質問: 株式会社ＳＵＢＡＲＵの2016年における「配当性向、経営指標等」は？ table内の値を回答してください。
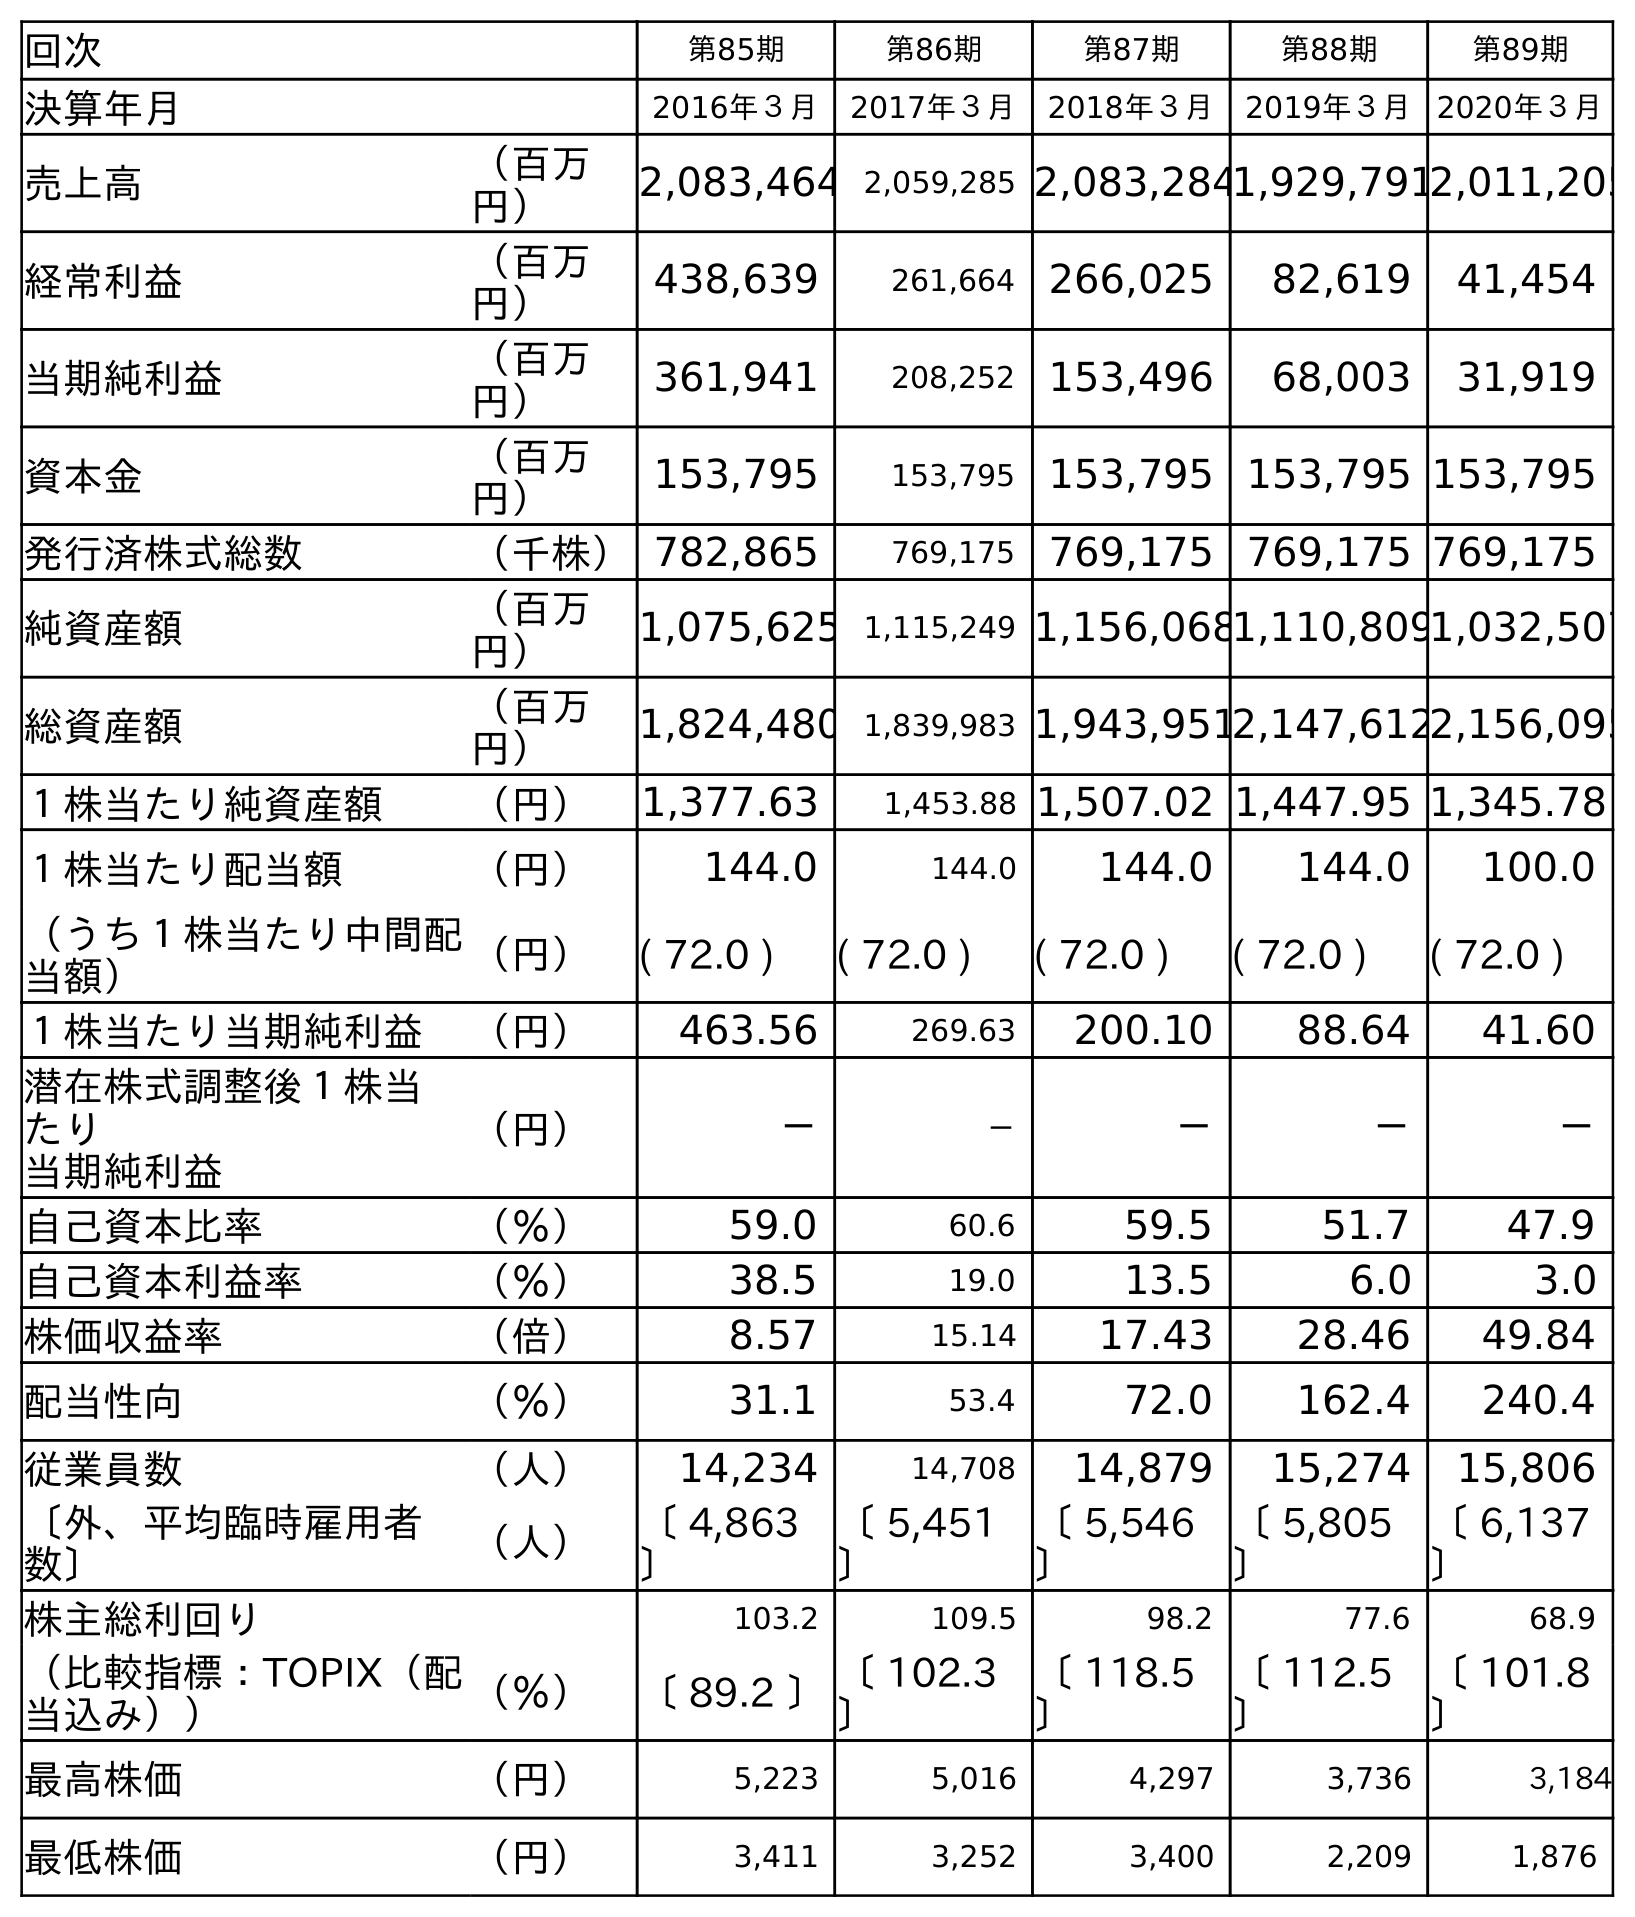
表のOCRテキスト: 回次 第85期 第86期 第87期 第88期 第89期 決算年月 2016年３月 2017年３月 2018年３月 2019年３月 2020年３月 売上高 （百万 円） 2,083,464 2,059,285 2,083,2841,929,7912,011,205 経常利益 （百万 円） 438,639 261,664 266,025 82,619 41,454 当期純利益 （百万 円） 361,941 208,252 153,496 68,003 31,919 資本金 （百万 円） 153,795 153,795 153,795 153,795 153,795 発行済株式総数 （千株）782,865 769,175 769,175 769,175 769,175 純資産額 （百万 円） 1,075,625 1,115,249 1,156,0681,110,8091,032,507 総資産額 （百万 円） 1,824,480 1,839,983 1,943,9512,147,6122,156,095 １株当たり純資産額 （円） 1,377.63 1,453.88 1,507.02 1,447.95 1,345.78 １株当たり配当額 （円） 144.0 144.0 144.0 144.0 100.0 （うち１株当たり中間配 当額） （円） ( 72.0 ) ( 72.0 ) ( 72.0 ) ( 72.0 ) ( 72.0 ) １株当たり当期純利益 （円） 463.56 269.63 200.10 88.64 41.60 潜在株式調整後１株当 たり 当期純利益 （円） － － － － － 自己資本比率 （％） 59.0 60.6 59.5 51.7 47.9 自己資本利益率 （％） 38.5 19.0 13.5 6.0 3.0 株価収益率 （倍） 8.57 15.14 17.43 28.46 49.84 配当性向 （％） 31.1 53.4 72.0 162.4 240.4 従業員数 （人） 14,234 14,708 14,879 15,274 15,806 〔外、平均臨時雇用者 数〕 （人） 〔 4,863 〕 〔 5,451 〕 〔 5,546 〕 〔 5,805 〕 〔 6,137 〕 株主総利回り 103.2 109.5 98.2 77.6 68.9 （比較指標：TOPIX（配 当込み）） （％） 〔 89.2 〕〔 102.3 〕 〔 118.5 〕 〔 112.5 〕 〔 101.8 〕 最高株価 （円） 5,223 5,016 4,297 3,736 3,184 最低株価 （円） 3,411 3,252 3,400 2,209 1,876
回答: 31.1